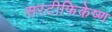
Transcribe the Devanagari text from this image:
सरटीफिकेष्ण